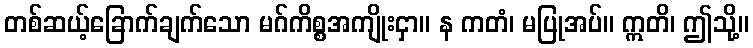
တစ်ဆယ့်ခြောက်ချက်သော မဂ်ကိစ္စအကျိုးငှာ။ န ကတံ၊ မပြုအပ်။ ဣတိ၊ ဤသို့။